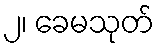
၂၊ ခေမသုတ်